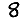
Digit: 8